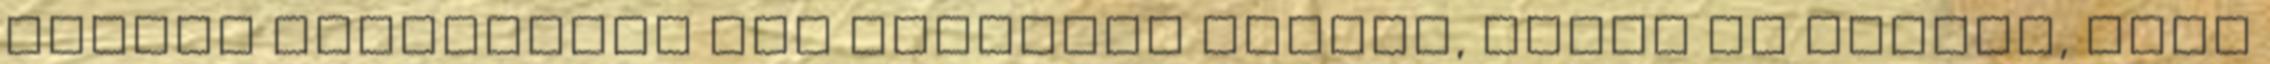
minden átkattintó fog lájkolni minket, ezért is fontos, hogy